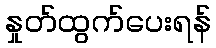
နှုတ်ထွက်ပေးရန်